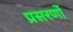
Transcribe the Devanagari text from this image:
प्रसरणों